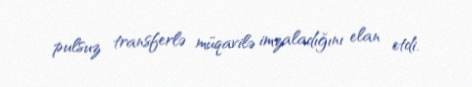
pulsuz transferlə müqavilə imzaladığını elan etdi.